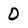
Character: 0